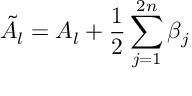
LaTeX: \tilde { A } _ { l } = A _ { l } + \frac { 1 } { 2 } \sum _ { j = 1 } ^ { 2 n } \beta _ { j }